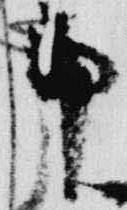
申